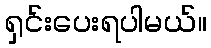
ရှင်းပေးရပါမယ်။